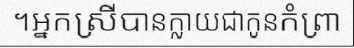
។អ្នកស្រីបានក្លាយជាកូនកំព្រា